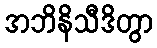
အဘိနိသီဒိတွာ